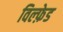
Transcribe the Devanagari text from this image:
विल्फ़ेड